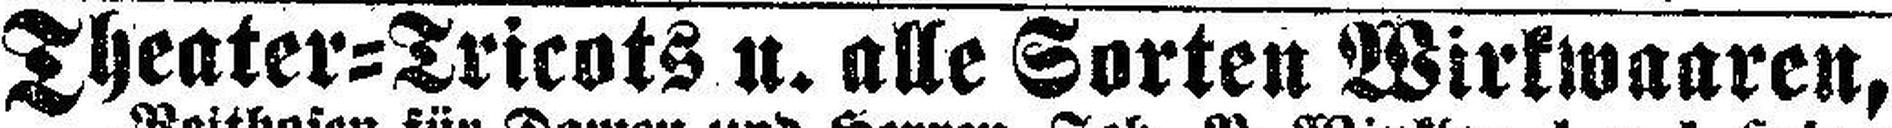
Theater=Tricots u. alle Sorten Wirkwaaren,